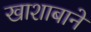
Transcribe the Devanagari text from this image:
खाशाबाने